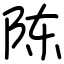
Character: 陈